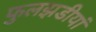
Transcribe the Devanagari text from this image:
फुलझडीयां